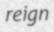
reign